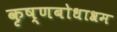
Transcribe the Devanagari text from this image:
कृष्णबोधाश्रम